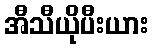
အီသီယိုပီးယား